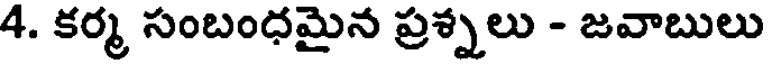
4. కర్మ సంబంధమైన ప్రశ్నలు - జవాబులు